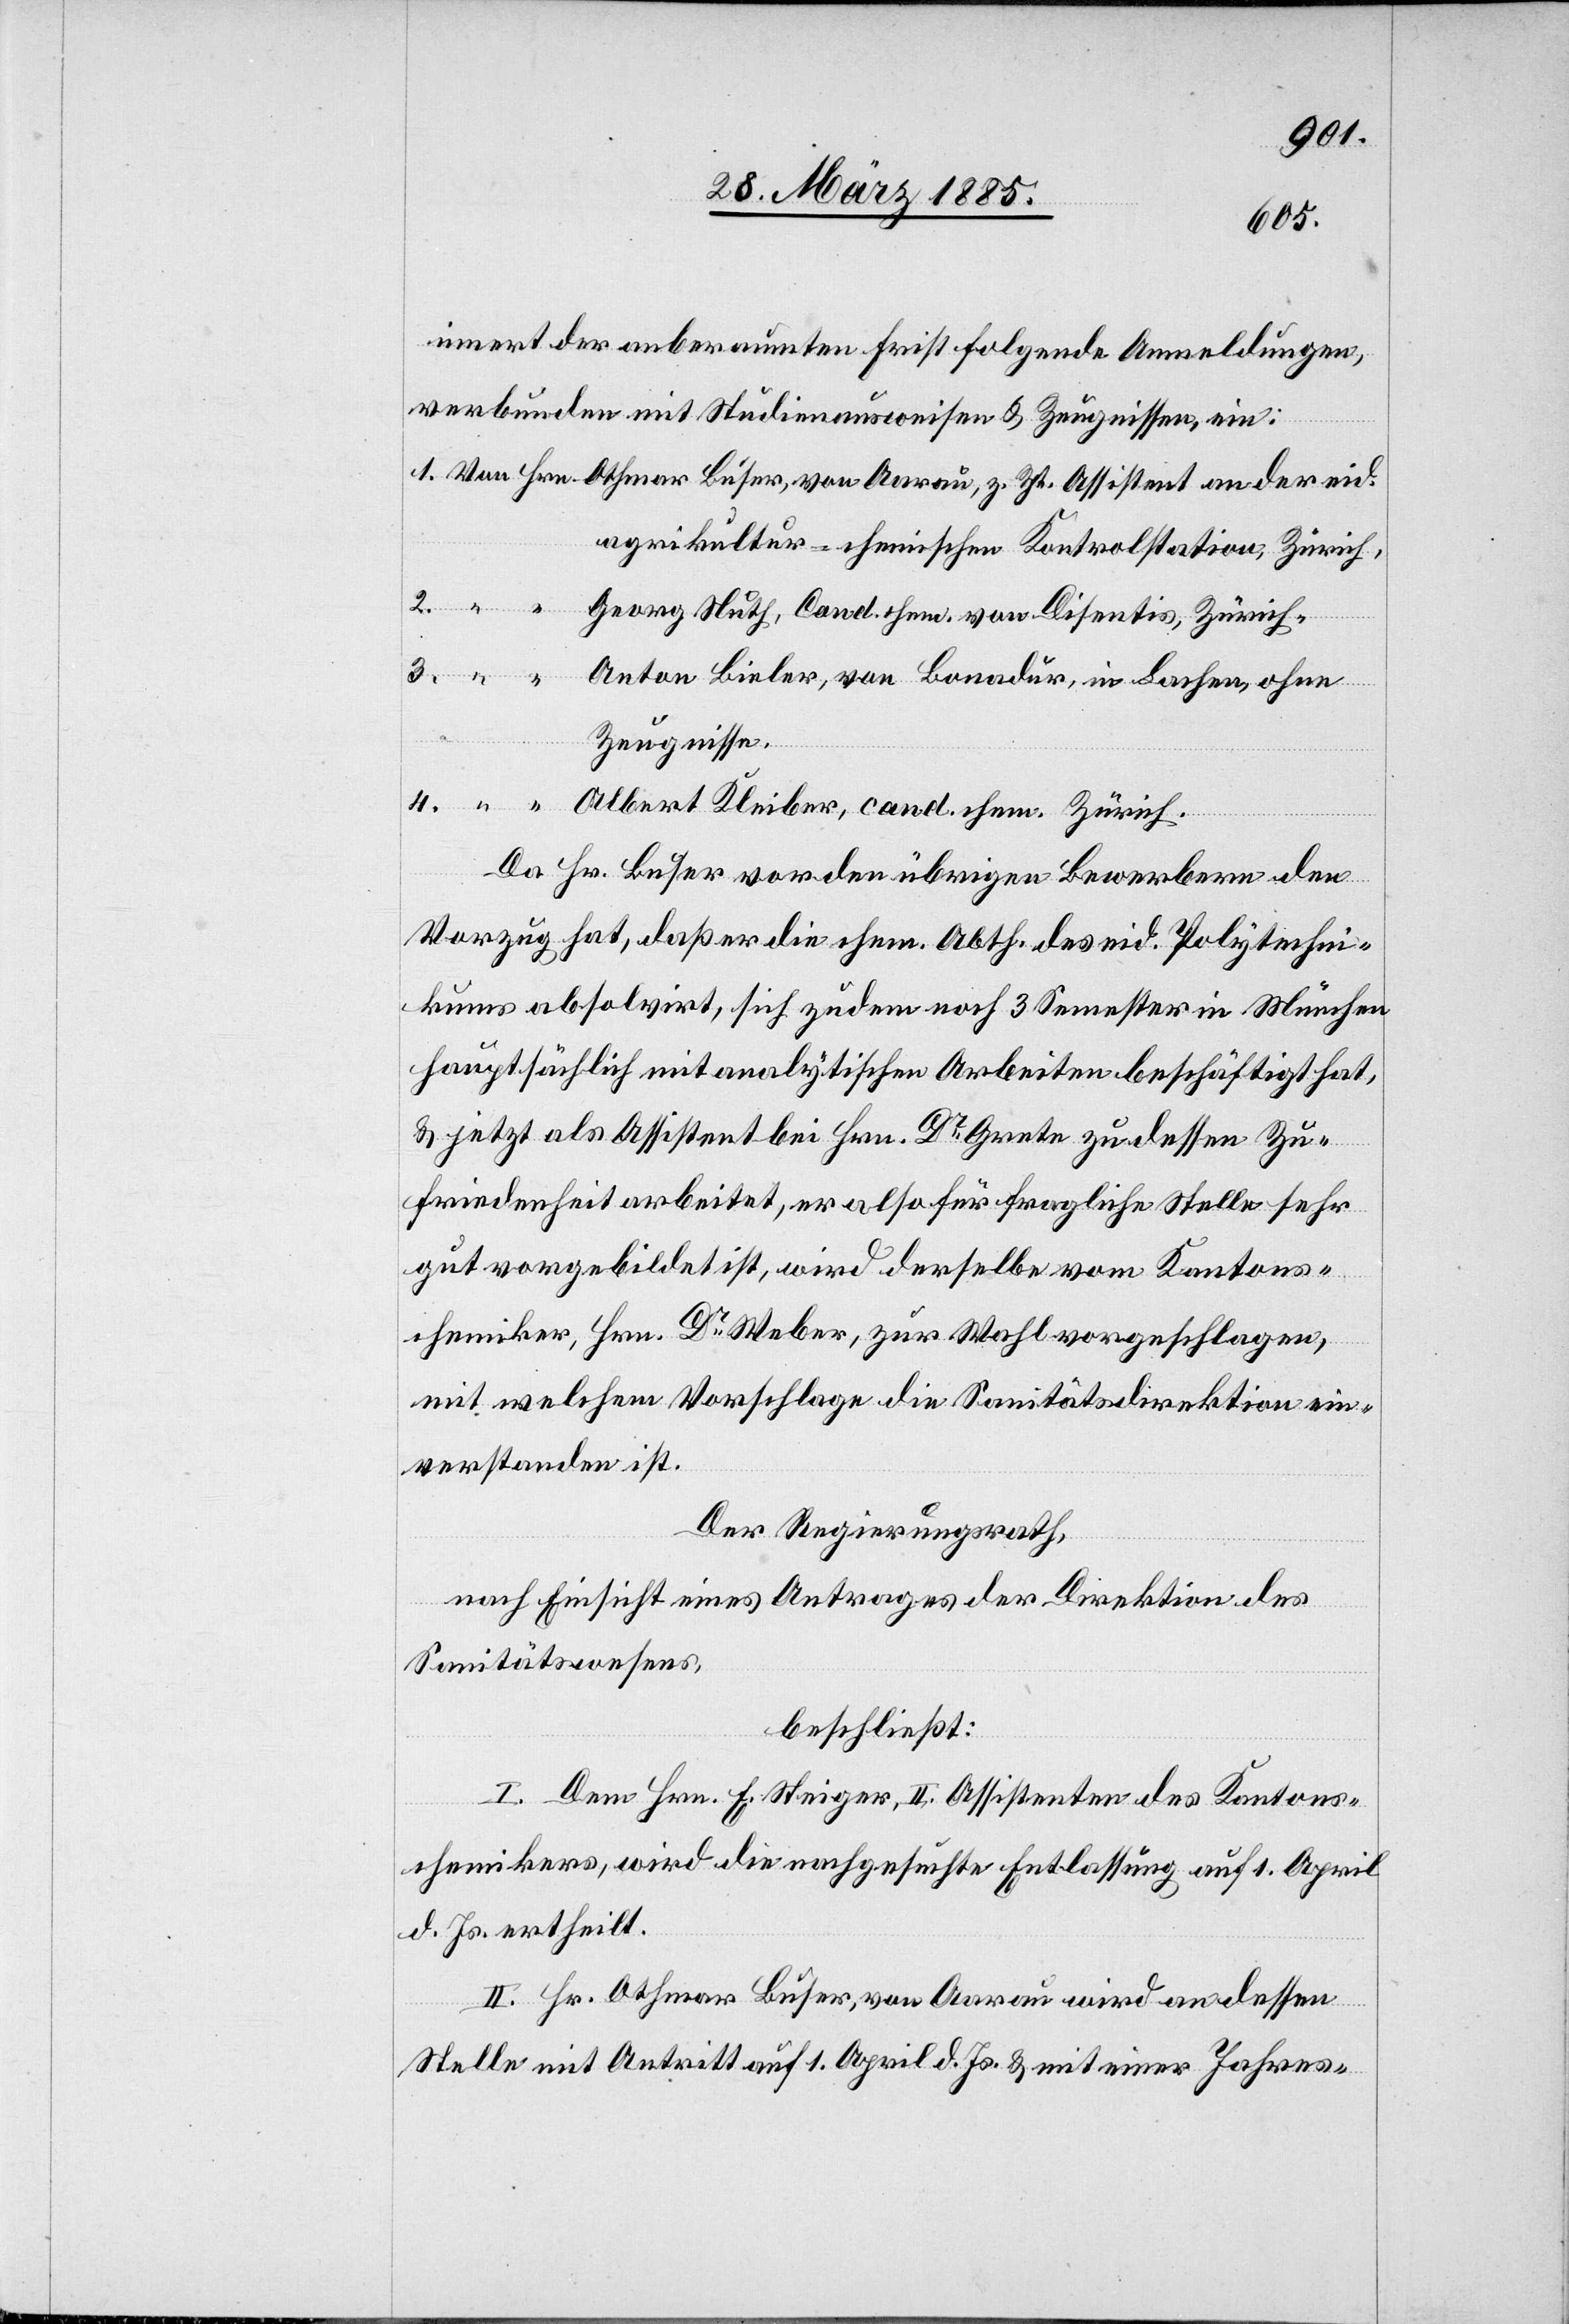
Zt.
innert der anberaumten Frist folgende Anmeldungen,
verbunden mit Studienausweisen & Zeugnissen, ein:
agrikultur-chemischen Kontrolstation, Zürich,
Georg Nuth, Cand. chem. von Disentis, Zürich
Anton Bieler, von Bonadur, in Lachen, ohne
Zeugnisse.
Da Hr. Buser vor den übrigen Bewerbern den
Vorzug hat, daß er die chem. Abth. des eid. Polytechni¬
kums absolvirt, sich zudem noch 3 Semester in München
hauptsächlich mit analytischen Arbeiten beschäftigt hat,
& jetzt als Assistent bei Hrn. Dr Grete zu dessen Zu¬
eid.
friedenheit arbeitet, er also für fragliche Stelle sehr
gut vorgebildet ist, wird derselbe vom Kantons¬
chemiker, Hrn. Dr Weber, zur Wahl vorgeschlagen,
mit welchem Vorschlage die Sanitätsdirektion ein¬
verstanden ist.
Der Regierungsrath,
nach Einsicht eines Antrages der Direktion des
Sanitätswesens,
beschließt:
I. Dem Hrn. F. Steiger, II. Assistenten des Kantons¬
chemikers, wird die nachgesuchte Entlassung auf 1. April
d. Js. ertheilt.
II. Hr. Othmar Buser, von Aarau wird an dessen
Stelle mit Antritt auf 1. April d. Js. & mit einer Jahres-